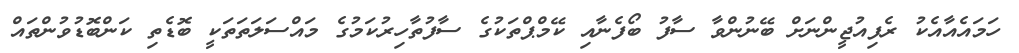
ހަމައެއާއެކު ރެފިއުޖީންނަށް ބޭނުންވާ ސާފު ބޯފެނާއި ކޭމްޕްތަކުގެ ސާފުތާހިރުކަމުގެ މައްސަލަތަތަކީ ބޮޑެތި ކަންބޮޑުވުންތައް